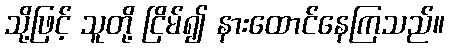
သို့ဖြင့် သူတို့ ငြိမ်၍ နားထောင်နေကြသည်။